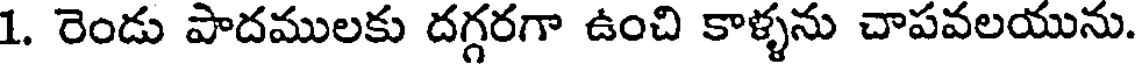
1. రెండు పాదములకు దగ్గరగా ఉంచి కాళ్ళను చాపవలయును.